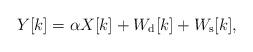
LaTeX: \begin{align*}Y[k]=\alpha X[k]+W_{\rm d}[k]+W_{\rm s}[k],\end{align*}